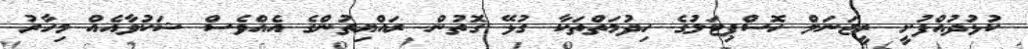
ކުޅުދުއްފުށީ ރީޖަނަލް ހޮސްޕިޓަލުގެ ހިދުމަތްތަކާ ގުޅޭ ގޮތުން ރައްޔިތުންގެ އެއްވެސް ޝަކުވާއެއް މިހާރު